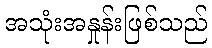
အသုံးအနှုန်းဖြစ်သည်